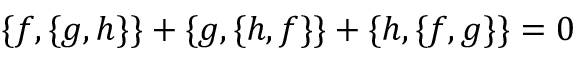
\ \{ f , \{ g , h \} \} + \{ g , \{ h , f \} \} + \{ h , \{ f , g \} \} = 0